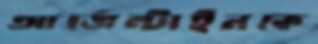
আর্জেন্টাইনকে